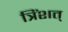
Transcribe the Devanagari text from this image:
त्रिंशत्